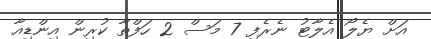
އަށް ޔެލޯ އެލާޓު ނެރެފި 7 މަސް 2 ހަފްތާ ކުރިން އިންޑިއާ